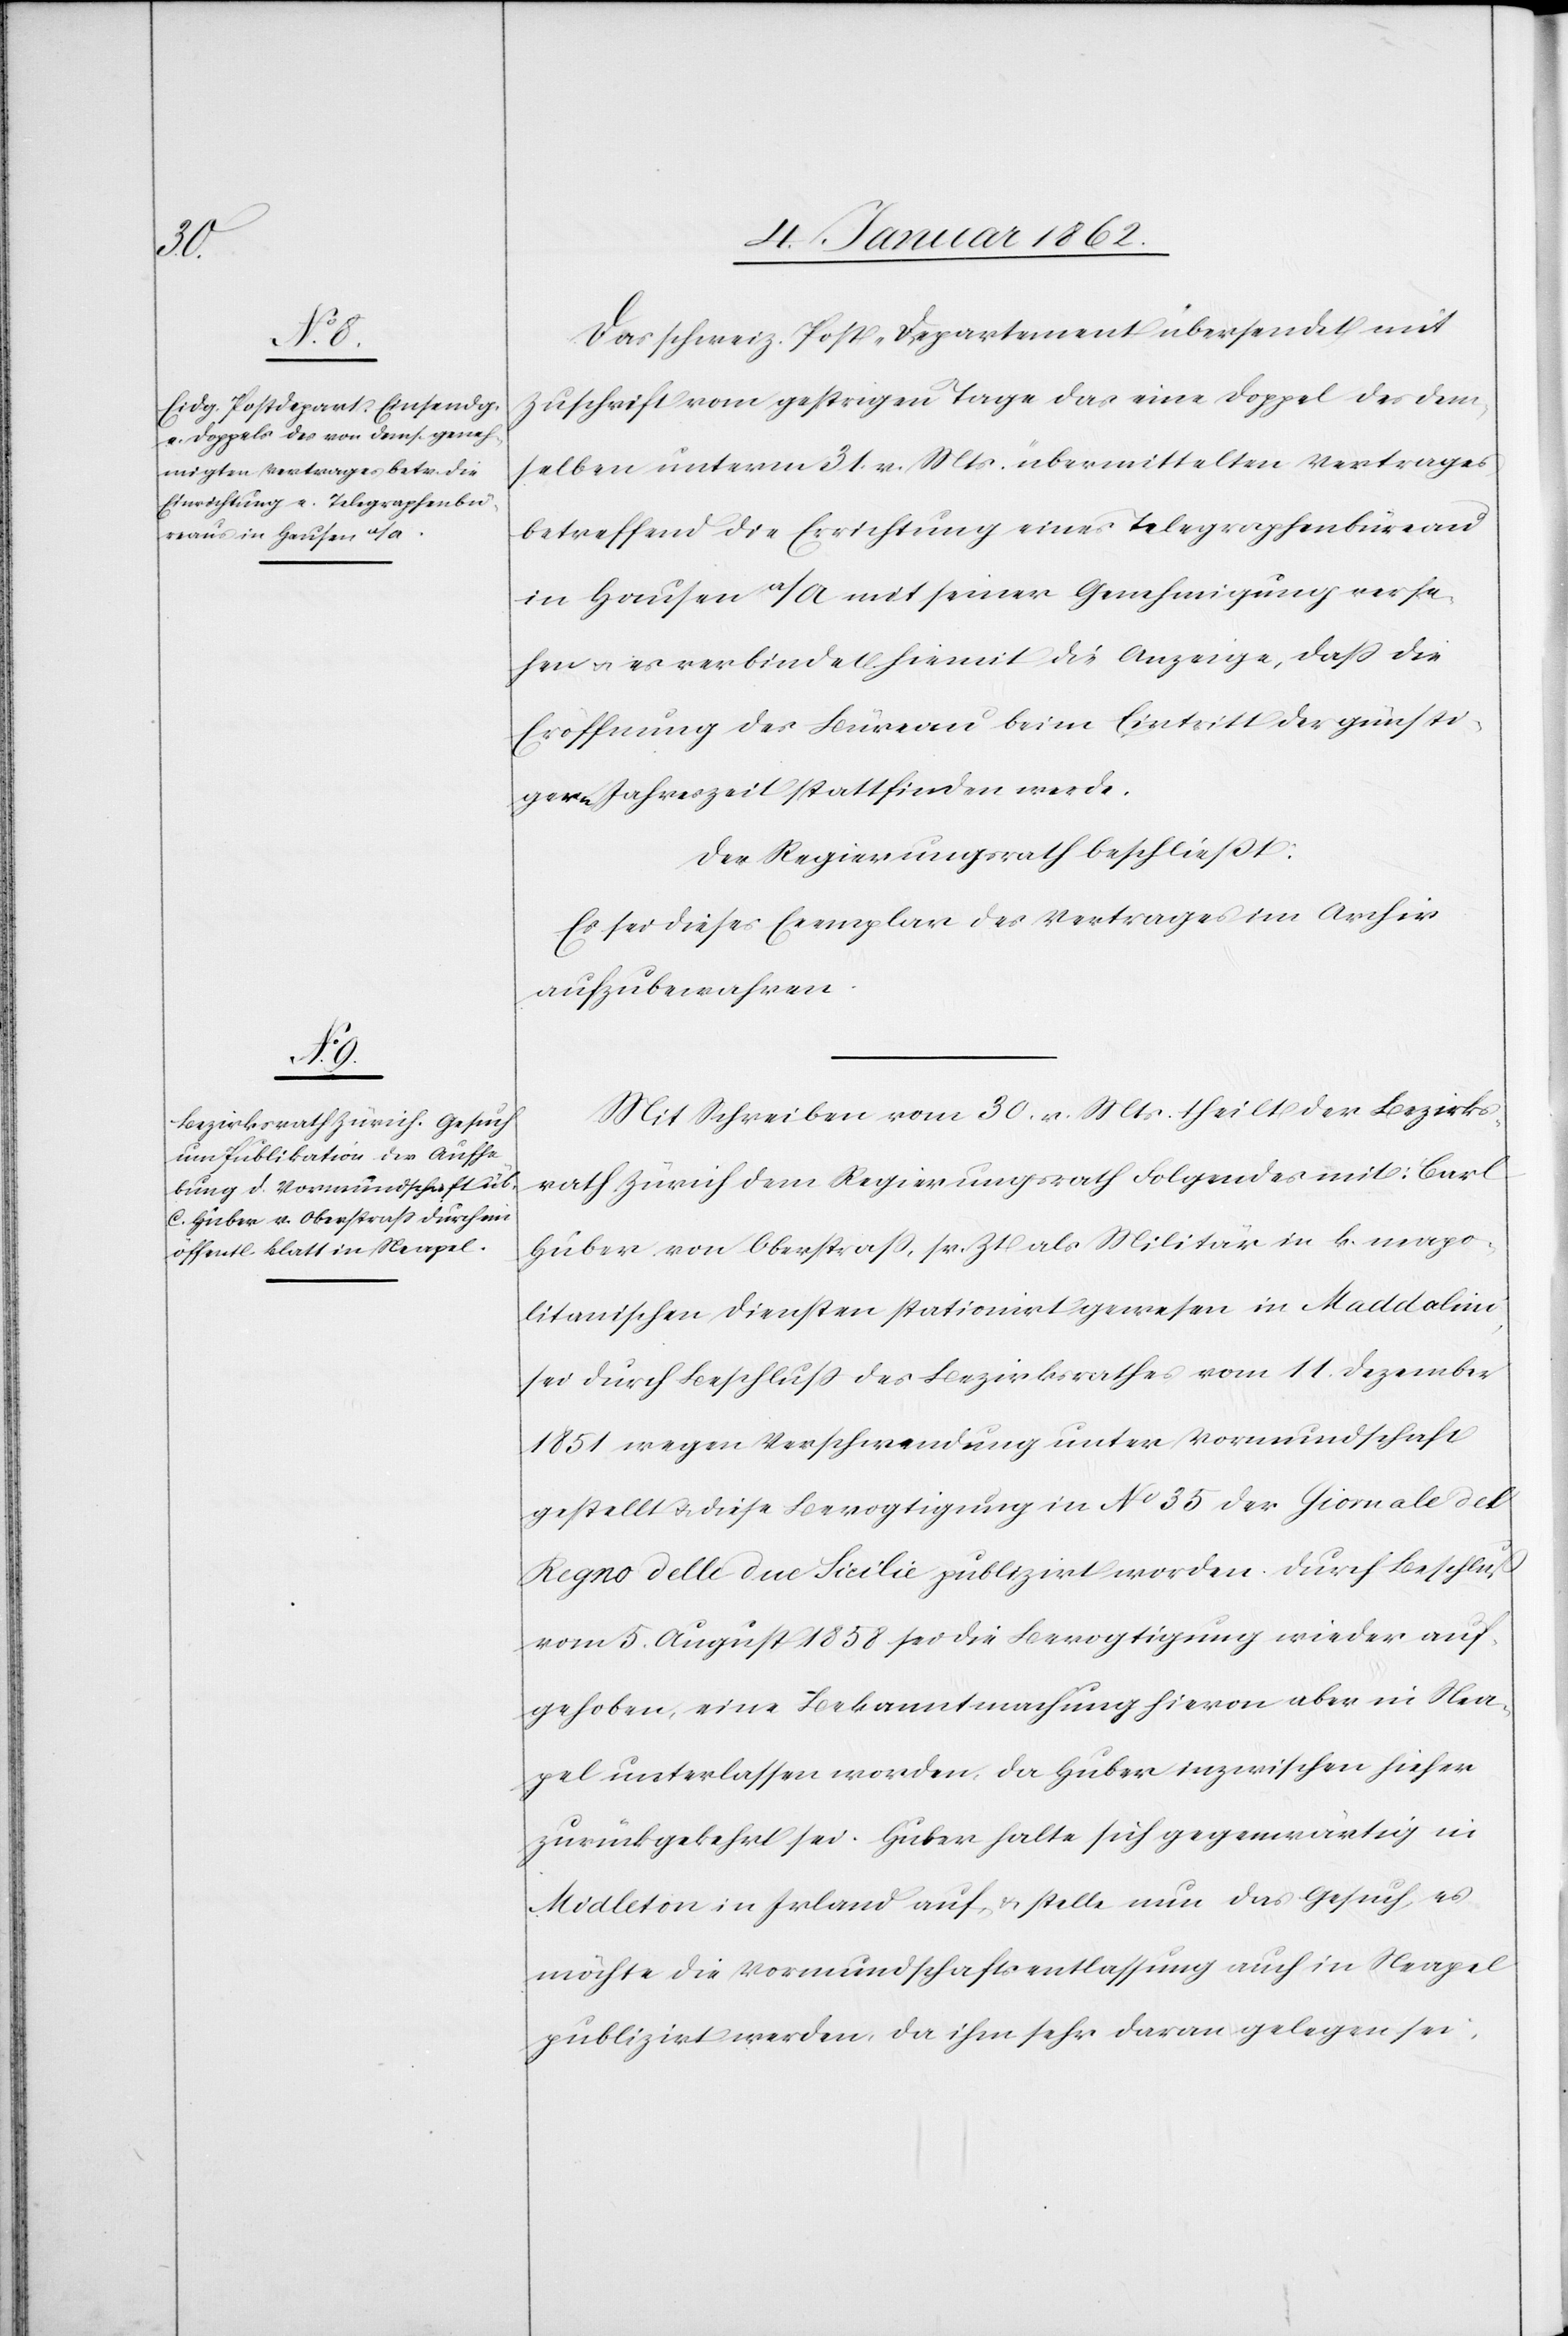
Das schweiz. Post-Departement übersendet mit
Zuschrift vom gestrigen Tage das eine Doppel des dem¬
selben unterm 31. v. Mts. übermittelten Vertrages
betreffend die Errichtung eines Telegraphenbüreau
in Hausen a/A mit seiner Genehmigung verse¬
hen u. es verbindet hiemit die Anzeige, daß die
Eröffnung des Büreau beim Eintritt der günsti¬
gern Jahreszeit stattfinden werde.
Der Regierungsrath beschließt:
Es sei dieses Exemplar des Vertrages im Archiv
aufzubewahren.
Mit Schreiben vom 30. v. Mts. theilt der Bezirks¬
rath Zürich dem Regierungsrath Folgendes mit: Carl
Huber von Oberstraß, sr. Zt als Militär in k. neapo¬
litanischen Diensten stationirt gewesen in Maddalino
sei durch Beschluß des Bezirksrathes vom 11. Dezember
1851 wegen Verschwendung unter Vormundschaft
gestellt u. diese Bevogtigung in No 35 der Giornale del
Regno delle due Sicilie publizirt worden. Durch Beschluß
vom 5. August 1858 sei die Bevogtigung wieder auf¬
gehoben, eine Bekanntmachung hievon aber in Nea¬
pel unterlassen worden, da Huber inzwischen hieher
zurückgekehrt sei. Huber halte sich gegenwärtig in
Midleton in Irland auf u. stelle nun das Gesuch, es
möchte die Vormundschaftsentlassung auch in Neapel
publizirt werden, da ihm sehr daran gelegen sei,